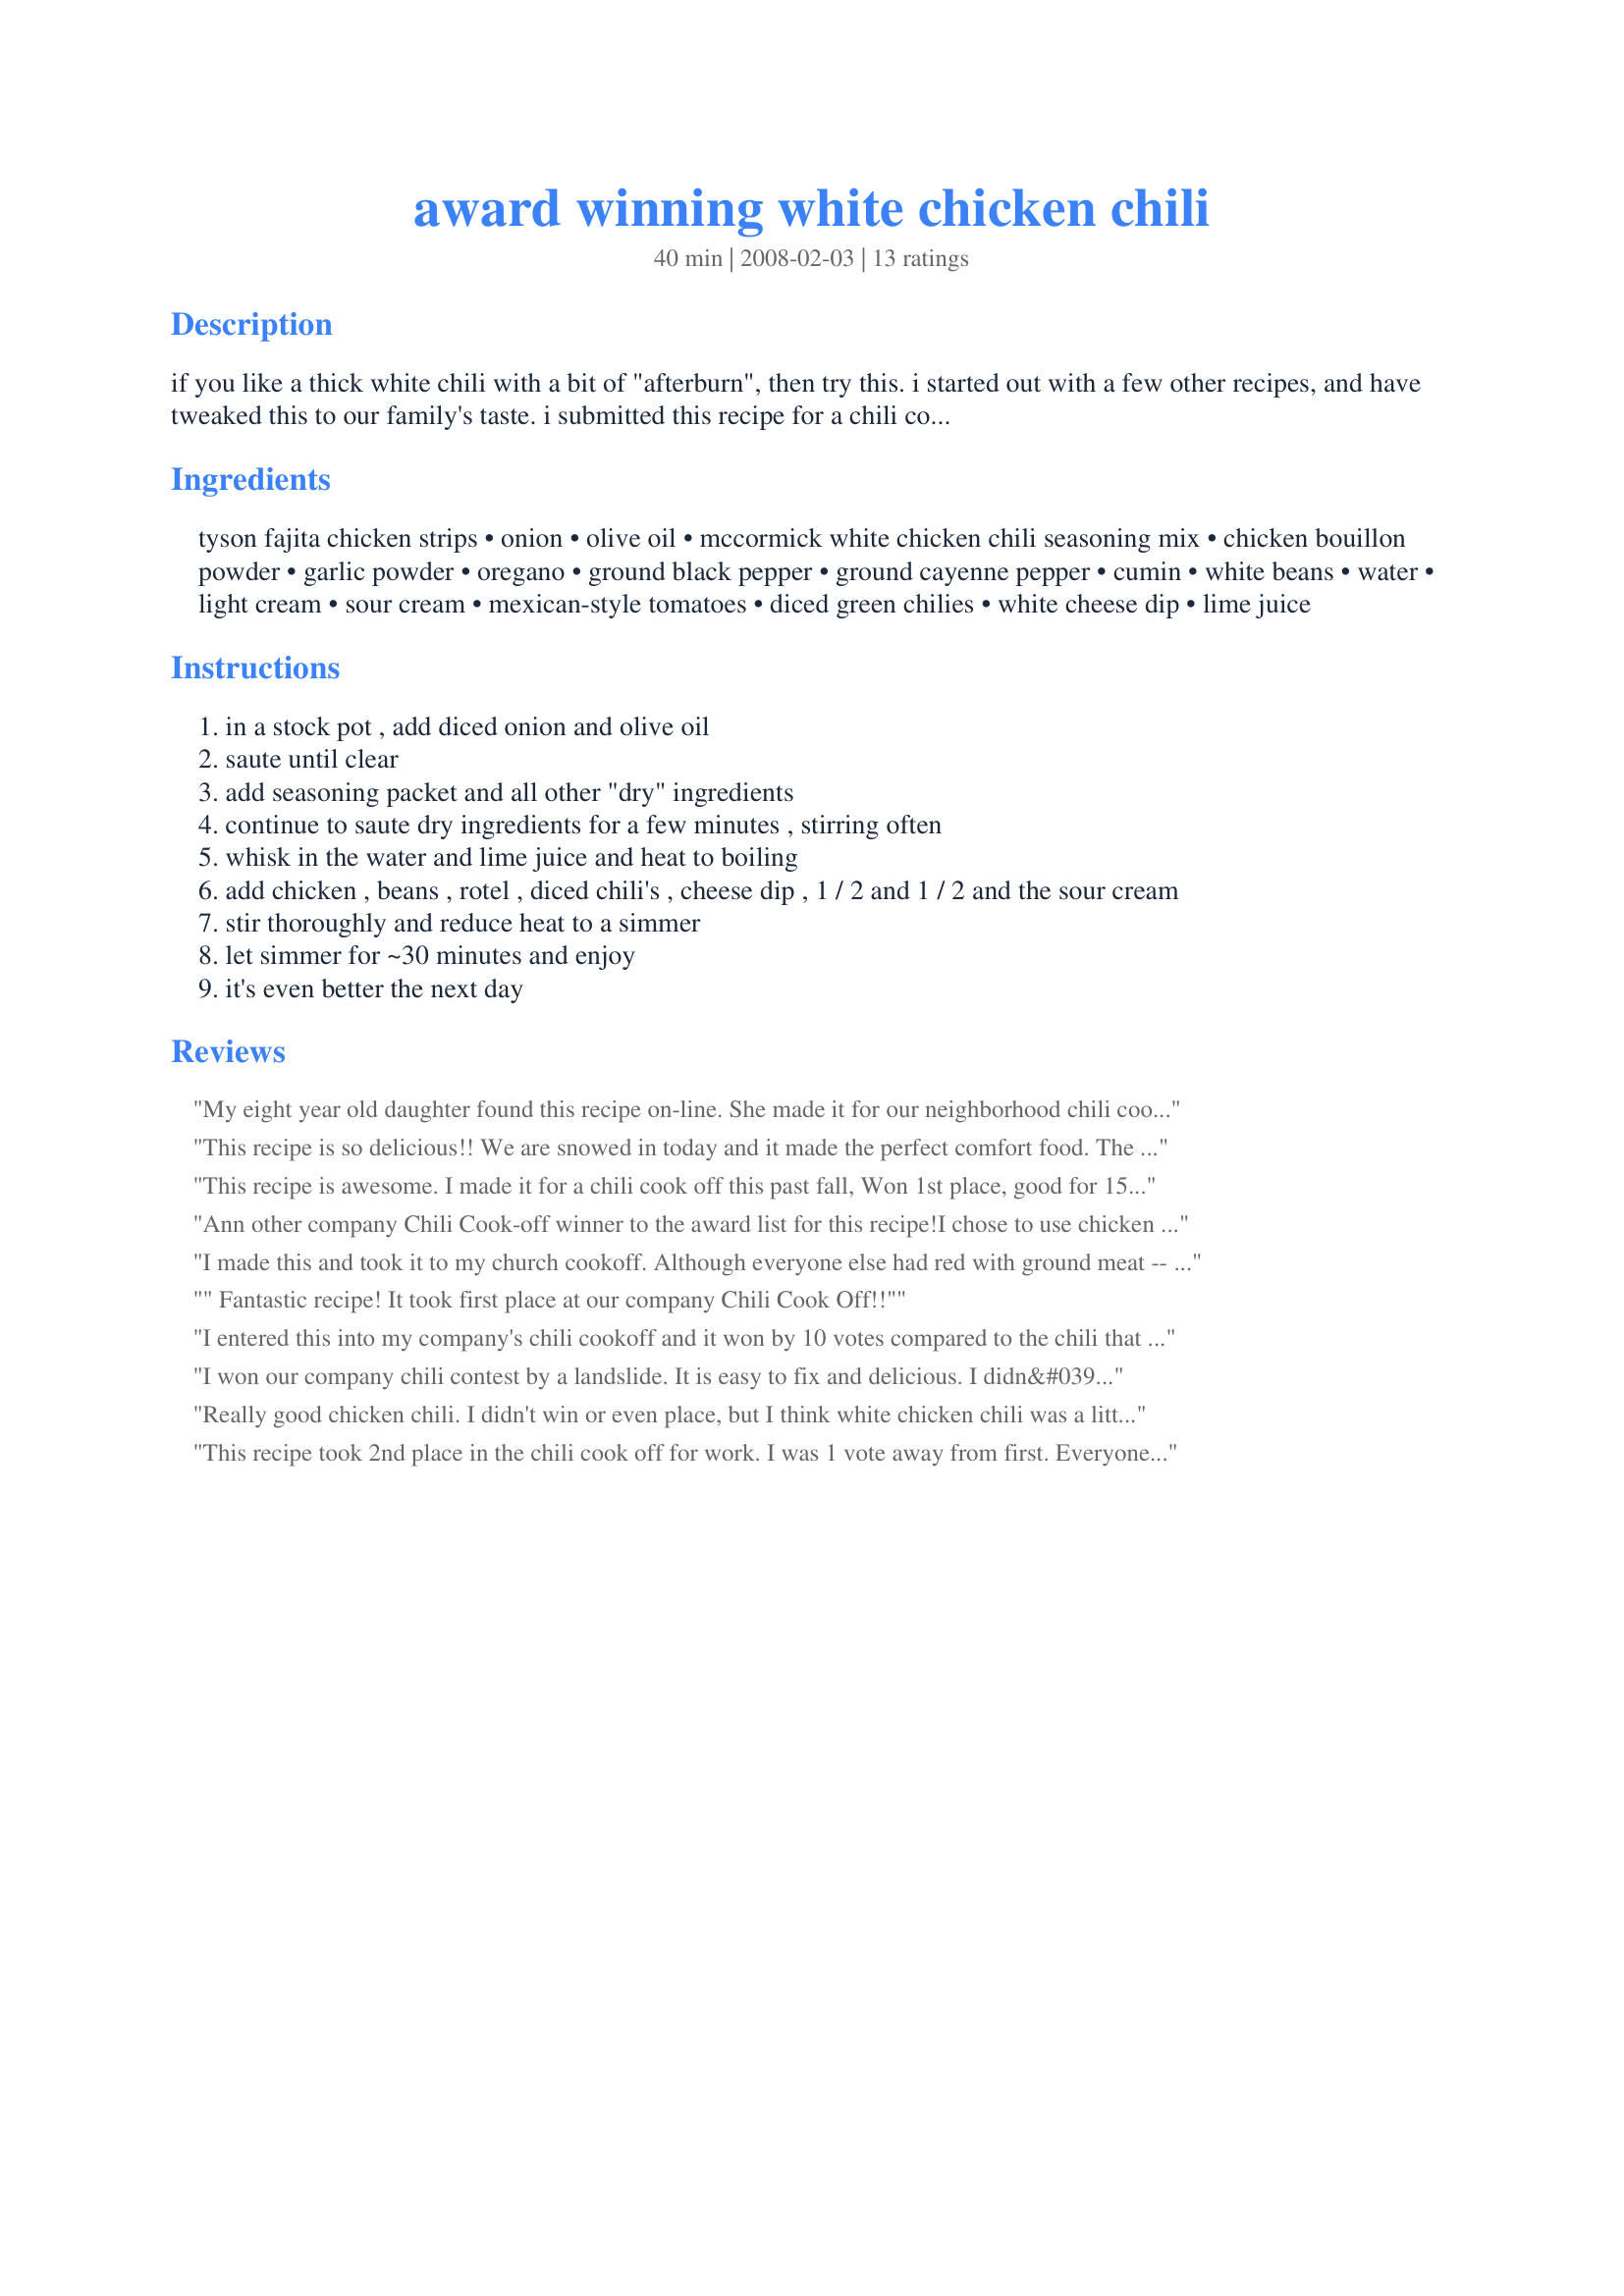
award winning white chicken chili
Preparation time: 40 minutes

if you like a thick white chili with a bit of "afterburn", then try this. i started out with a few other recipes, and have tweaked this to our family's taste. i submitted this recipe for a chili cookoff at work and came in 3rd place! (the other 2 winners were traditional red chili with beef).

Ingredients:
tyson fajita chicken strips, onion, olive oil, mccormick white chicken chili seasoning mix, chicken bouillon powder, garlic powder, oregano, ground black pepper, ground cayenne pepper, cumin, white beans, water, light cream, sour cream, mexican-style tomatoes, diced green chilies, white cheese dip, lime juice

Steps:
in a stock pot , add diced onion and olive oil
saute until clear
add seasoning packet and all other "dry" ingredients
continue to saute dry ingredients for a few minutes , stirring often
whisk in the water and lime juice and heat to boiling
add chicken , beans , rotel , diced chili's , cheese dip , 1 / 2 and 1 / 2 and the sour cream
stir thoroughly and reduce heat to a simmer
let simmer for ~30 minutes and enjoy
it's even better the next day

Reviews:
My eight year old daughter found this recipe on-line. She made it for our neighborhood chili cook-off. She came in first place over 14 other chilies, including two other white chilies and 12 traditional red ones. It was wonderful and easy enough for an eight year old! Thanks.
This recipe is so delicious!! We are snowed in today and it made the perfect comfort food. The taste is so flavorful and it takes less than an hour to make.
This recipe is awesome. I made it for a chili cook off this past fall, Won 1st place, good for 151.00. Every where I take it someone wants the recipe.
Ann other company Chili Cook-off winner to the award list for this recipe!<br/><br/>I chose to use chicken stock instead of bullion, and my cheese dip had mild jalapenos in it. I also threw in a can of creamed corn. It came down to a tie for first place, but the other gentleman ate mine and declared me the winner!<br/><br/>This recipe is so good some other competitors threatened to use it themselves next time, and many folks asked for this link. Awesome job!
I made this and took it to my church cookoff. Although everyone else had red with ground meat -- people were great in trying something new. I also added a can of corn. Nothing was left over to take home for leftovers. Thanks. I will surely make it again.
" Fantastic recipe! It took first place at our company Chili Cook Off!!"
I entered this into my company's chili cookoff and it won by 10 votes compared to the chili that took 2nd place (and this was against 15 different chilis in total!) Be sure to double the recipe though if you are wanting to submit it for a cookoff, because by the end, this was the only one that was 100% eaten (and that was AFTER doubling the recipe). I think I'll triple it for the next chili competiton :)
I won our company chili contest by a landslide. It is easy to fix and delicious. I didn&#039;t change a thing about the recipe. It was not too spicy or hot. Just right!
Really good chicken chili. I didn't win or even place, but I think white chicken chili was a little too off the beaten path for these South Carolinians. Even so, I got a lot of complements, and this is better than the recipe I was already using. The tomatoes and cheese dip were the major additions, but using the fajita chicken instead of rotisserie probably punched up the flavor for me also. Thanks for this recipe.
This recipe took 2nd place in the chili cook off for work. I was 1 vote away from first. Everyone loved it and wanted the recipe! 
I used rottiserie chicken in it. Also substituted the 2 cups of water for chiken broth. So i didn't need to add the bouillon powder. I used a few drops of hot sauce instead of the cayenne pepper. It was a very tasty chili! Thank you for sharing.
This was too spicy for me! However, I think the white cheese dip I found may have had chilies in it too. I may try again with milder Rotel's, less cayenne pepper and a white cheese that does not have chilies in it.
Family and I loved it!!!!!
This recipe is awesome! I took first place in our annual chili contest. Thanks for posting.
